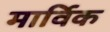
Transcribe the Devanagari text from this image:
मार्विक